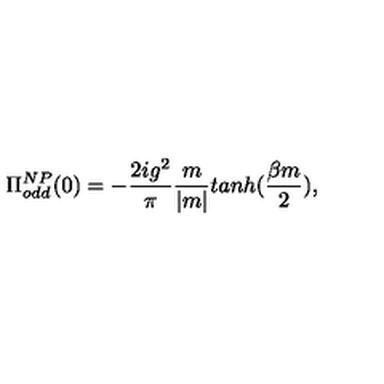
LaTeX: \Pi _ { o d d } ^ { N P } ( 0 ) = - \frac { 2 i g ^ { 2 } } { \pi } \frac { m } { | m | } t a n h ( \frac { \beta m } { 2 } ) ,